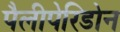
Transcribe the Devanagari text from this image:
पैलीपेरिडोन